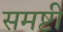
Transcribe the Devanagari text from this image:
समष्टी